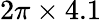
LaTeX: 2\pi\times 4.1